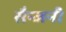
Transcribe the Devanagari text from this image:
सैन्जनी